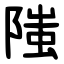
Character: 䧝